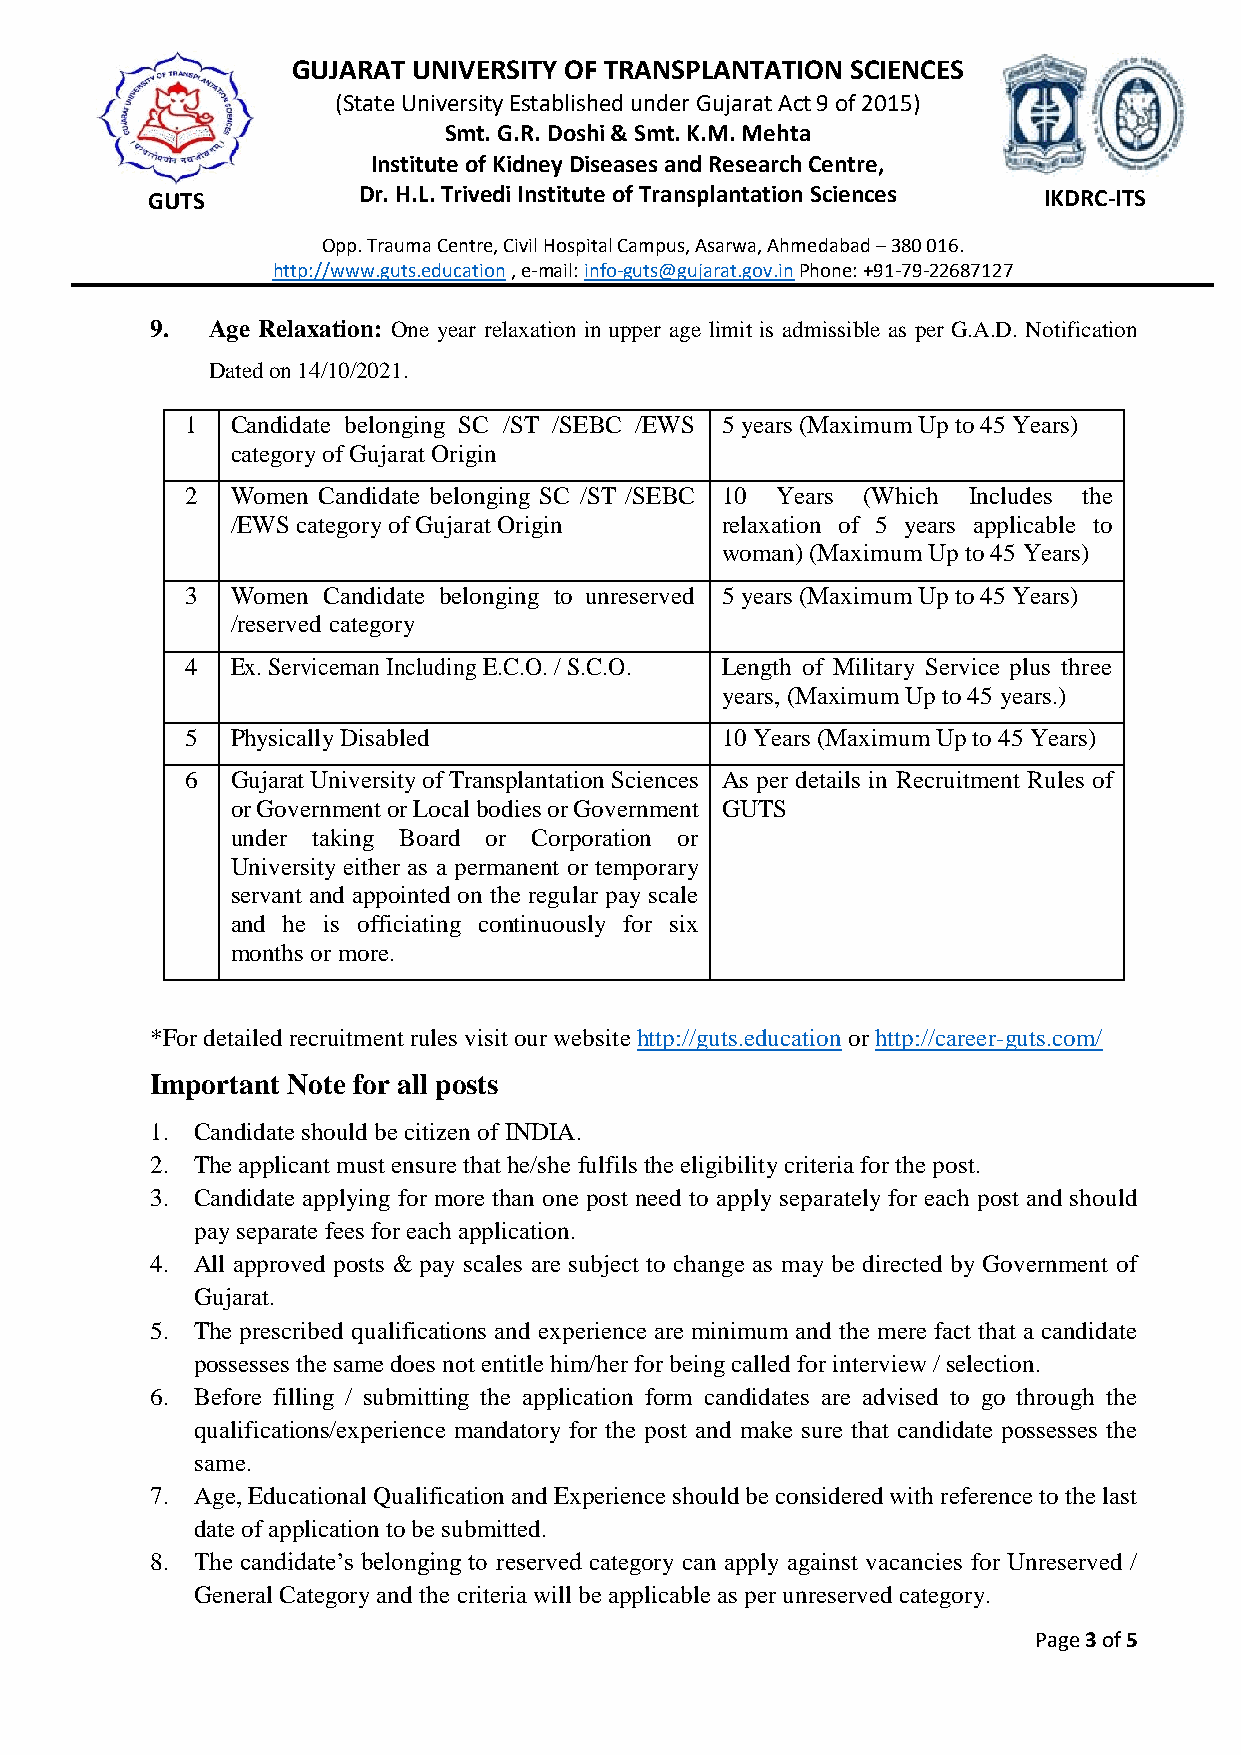
GUJARAT UNIVERSITY OF TRANSPLANTATION SCIENCES
 (State University Established under Gujarat Act 9 of 2015)
 Smt. G.R. Doshi & Smt. K.M. Mehta
 Institute of Kidney Diseases and Research Centre,
 GUTS          Dr. H.L. Trivedi Institute of Transplantation Sciences IKDRC-ITS
 Opp. Trauma Centre, Civil Hospital Campus, Asarwa, Ahmedabad – 380 016.
 http://www.guts.education , e-mail: info-guts@gujarat.gov.in Phone: +91-79-22687127
 9.  Age Relaxation: One year relaxation in upper age limit is admissible as per G.A.D. Notification
 Dated on 14/10/2021.
 1  Candidate belonging SC /ST /SEBC /EWS 5 years (Maximum Up to 45 Years)
 category of Gujarat Origin
 2  Women Candidate belonging SC /ST /SEBC 10 Years (Which Includes the
 /EWS category of Gujarat Origin  relaxation of 5 years applicable to
 woman) (Maximum Up to 45 Years)
 3  Women Candidate belonging to unreserved 5 years (Maximum Up to 45 Years)
 /reserved category
 4  Ex. Serviceman Including E.C.O. / S.C.O. Length of Military Service plus three
 years, (Maximum Up to 45 years.)
 5  Physically Disabled              10 Years (Maximum Up to 45 Years)
 6  Gujarat University of Transplantation Sciences As per details in Recruitment Rules of
 or Government or Local bodies or Government GUTS
 under taking Board or Corporation or
 University either as a permanent or temporary
 servant and appointed on the regular pay scale
 and he is officiating continuously for six
 months or more.
 *For detailed recruitment rules visit our website http://guts.education or http://career-guts.com/
 Important Note for all posts
 1. Candidate should be citizen of INDIA.
 2. The applicant must ensure that he/she fulfils the eligibility criteria for the post.
 3. Candidate applying for more than one post need to apply separately for each post and should
 pay separate fees for each application.
 4. All approved posts & pay scales are subject to change as may be directed by Government of
 Gujarat.
 5. The prescribed qualifications and experience are minimum and the mere fact that a candidate
 possesses the same does not entitle him/her for being called for interview / selection.
 6. Before filling / submitting the application form candidates are advised to go through the
 qualifications/experience mandatory for the post and make sure that candidate possesses the
 same.
 7. Age, Educational Qualification and Experience should be considered with reference to the last
 date of application to be submitted.
 8. The candidate’s belonging to reserved category can apply against vacancies for Unreserved /
 General Category and the criteria will be applicable as per unreserved category.
 Page 3 of 5